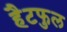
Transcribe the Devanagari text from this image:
हैटफुल